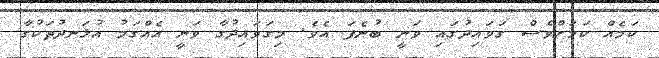
ކަމެއް ކަަމަށްވެސް ގަަވައިދުގައި ވަނީ ބުނެފަ އެވެ. މިގަވައިދުގާ ވަނީ އެއްގަމު އުޅަނދުތަކުގާ